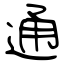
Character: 通